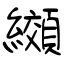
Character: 纐